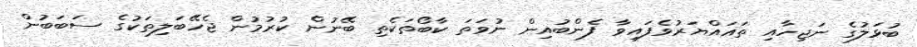
ބުޅަލުގެ ނަޖިހާއި ތަޣައްޔަރުވެފައިވާ ފެންބުއިން ނުވަތަ ކާބޯތަކެތި ބޭނުން ކުރުމުން ޖެހޭބަލިތަކުގެ ސަބަބުން